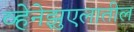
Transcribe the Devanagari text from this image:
व्हेनेझुएलातील